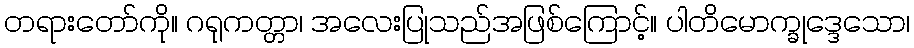
တရားတော်ကို။ ဂရုကတ္တာ၊ အလေးပြုသည်အဖြစ်ကြောင့်။ ပါတိမောက္ခုဒ္ဒေသော၊